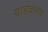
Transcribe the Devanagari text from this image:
ग्राहकगण